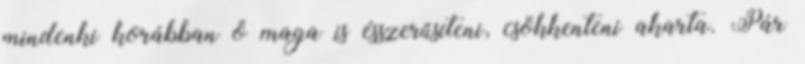
mindenki korábban ő maga is ésszerűsíteni, csökkenteni akarta. Pár